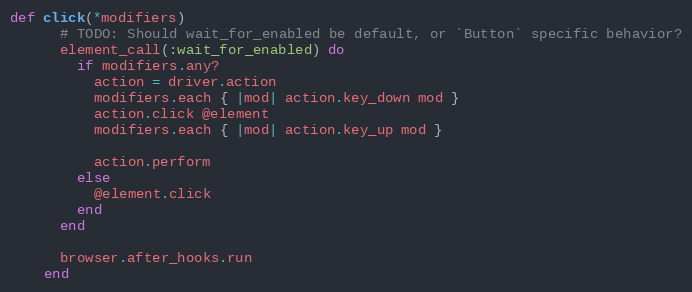
Language: Ruby
def click(*modifiers)
      # TODO: Should wait_for_enabled be default, or `Button` specific behavior?
      element_call(:wait_for_enabled) do
        if modifiers.any?
          action = driver.action
          modifiers.each { |mod| action.key_down mod }
          action.click @element
          modifiers.each { |mod| action.key_up mod }

          action.perform
        else
          @element.click
        end
      end

      browser.after_hooks.run
    end